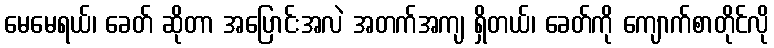
မေမေရယ်၊ ခေတ် ဆိုတာ အပြောင်းအလဲ အတက်အကျ ရှိတယ်၊ ခေတ်ကို ကျောက်စာတိုင်လို